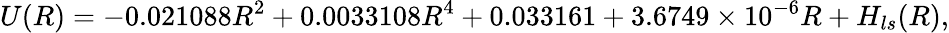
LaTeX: U(R)=-0.021088R^{2}+0.0033108R^{4}+0.033161+3.6749\times 10^{-6}R+H_{ls}(R),